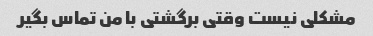
مشکلی نیست وقتی برگشتی با من تماس بگیر